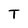
Character: T